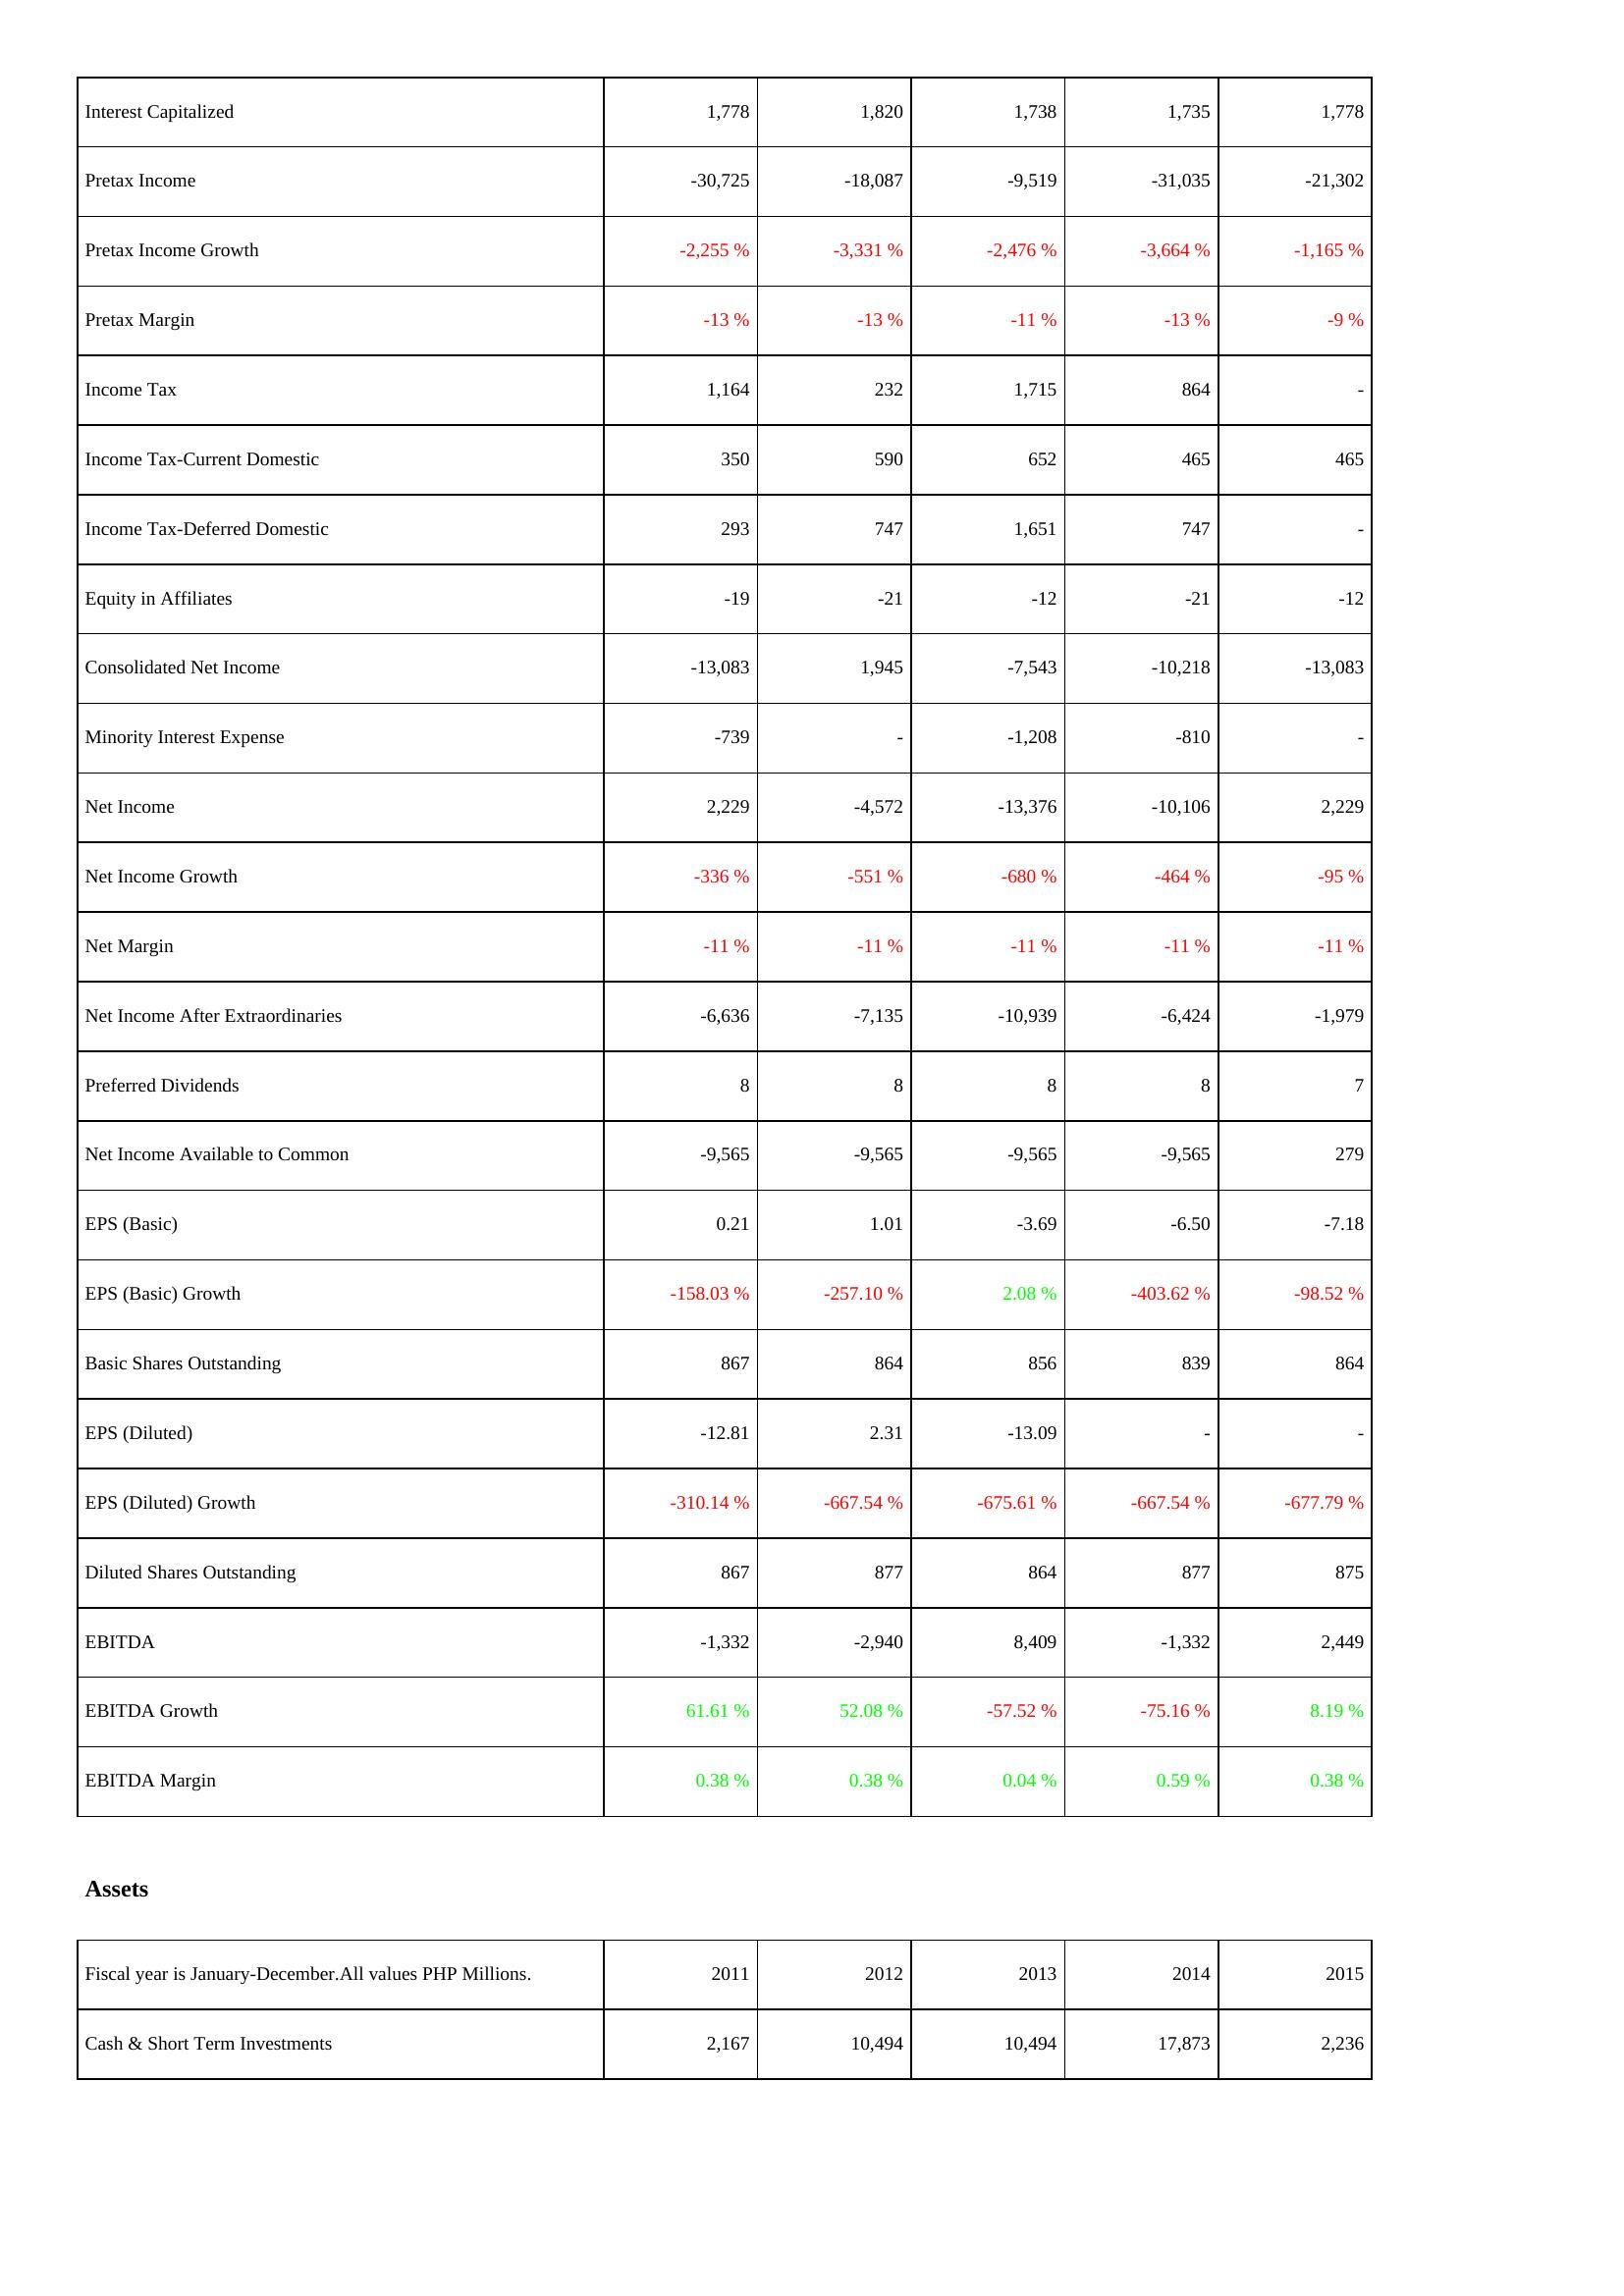
2011: Income Statement: Interest Capitalized: 1,778
Pretax Income: -30,725
Pretax Income Growth: -2,255 %
Pretax Margin: -13 %
Income Tax: 1,164
Income Tax-Current Domestic: 350
Income Tax-Deferred Domestic: 293
Equity in Affiliates: -19
Consolidated Net Income: -13,083
Minority Interest Expense: -739
Net Income: 2,229
Net Income Growth: -336 %
Net Margin: -11 %
Net Income After Extraordinaries: -6,636
Preferred Dividends: 8
Net Income Available to Common: -9,565
EPS (Basic): 0.21
EPS (Basic) Growth: -158.03 %
Basic Shares Outstanding: 867
EPS (Diluted): -12.81
EPS (Diluted) Growth: -310.14 %
Diluted Shares Outstanding: 867
EBITDA: -1,332
EBITDA Growth: 61.61 %
EBITDA Margin: 0.38 %
Assets: Cash & Short Term Investments: 2,167
2012: Income Statement: Interest Capitalized: 1,820
Pretax Income: -18,087
Pretax Income Growth: -3,331 %
Pretax Margin: -13 %
Income Tax: 232
Income Tax-Current Domestic: 590
Income Tax-Deferred Domestic: 747
Equity in Affiliates: -21
Consolidated Net Income: 1,945
Minority Interest Expense: -
Net Income: -4,572
Net Income Growth: -551 %
Net Margin: -11 %
Net Income After Extraordinaries: -7,135
Preferred Dividends: 8
Net Income Available to Common: -9,565
EPS (Basic): 1.01
EPS (Basic) Growth: -257.10 %
Basic Shares Outstanding: 864
EPS (Diluted): 2.31
EPS (Diluted) Growth: -667.54 %
Diluted Shares Outstanding: 877
EBITDA: -2,940
EBITDA Growth: 52.08 %
EBITDA Margin: 0.38 %
Assets: Cash & Short Term Investments: 10,494
2013: Income Statement: Interest Capitalized: 1,738
Pretax Income: -9,519
Pretax Income Growth: -2,476 %
Pretax Margin: -11 %
Income Tax: 1,715
Income Tax-Current Domestic: 652
Income Tax-Deferred Domestic: 1,651
Equity in Affiliates: -12
Consolidated Net Income: -7,543
Minority Interest Expense: -1,208
Net Income: -13,376
Net Income Growth: -680 %
Net Margin: -11 %
Net Income After Extraordinaries: -10,939
Preferred Dividends: 8
Net Income Available to Common: -9,565
EPS (Basic): -3.69
EPS (Basic) Growth: 2.08 %
Basic Shares Outstanding: 856
EPS (Diluted): -13.09
EPS (Diluted) Growth: -675.61 %
Diluted Shares Outstanding: 864
EBITDA: 8,409
EBITDA Growth: -57.52 %
EBITDA Margin: 0.04 %
Assets: Cash & Short Term Investments: 10,494
2014: Income Statement: Interest Capitalized: 1,735
Pretax Income: -31,035
Pretax Income Growth: -3,664 %
Pretax Margin: -13 %
Income Tax: 864
Income Tax-Current Domestic: 465
Income Tax-Deferred Domestic: 747
Equity in Affiliates: -21
Consolidated Net Income: -10,218
Minority Interest Expense: -810
Net Income: -10,106
Net Income Growth: -464 %
Net Margin: -11 %
Net Income After Extraordinaries: -6,424
Preferred Dividends: 8
Net Income Available to Common: -9,565
EPS (Basic): -6.50
EPS (Basic) Growth: -403.62 %
Basic Shares Outstanding: 839
EPS (Diluted): -
EPS (Diluted) Growth: -667.54 %
Diluted Shares Outstanding: 877
EBITDA: -1,332
EBITDA Growth: -75.16 %
EBITDA Margin: 0.59 %
Assets: Cash & Short Term Investments: 17,873
2015: Income Statement: Interest Capitalized: 1,778
Pretax Income: -21,302
Pretax Income Growth: -1,165 %
Pretax Margin: -9 %
Income Tax: -
Income Tax-Current Domestic: 465
Income Tax-Deferred Domestic: -
Equity in Affiliates: -12
Consolidated Net Income: -13,083
Minority Interest Expense: -
Net Income: 2,229
Net Income Growth: -95 %
Net Margin: -11 %
Net Income After Extraordinaries: -1,979
Preferred Dividends: 7
Net Income Available to Common: 279
EPS (Basic): -7.18
EPS (Basic) Growth: -98.52 %
Basic Shares Outstanding: 864
EPS (Diluted): -
EPS (Diluted) Growth: -677.79 %
Diluted Shares Outstanding: 875
EBITDA: 2,449
EBITDA Growth: 8.19 %
EBITDA Margin: 0.38 %
Assets: Cash & Short Term Investments: 2,236